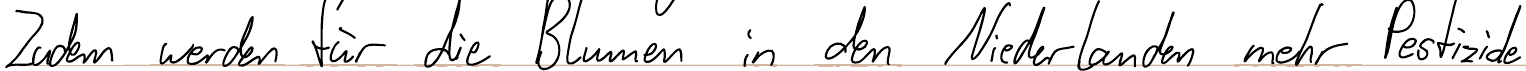
Zudem werden für die Blumen in den Niederlanden mehr Pestizide